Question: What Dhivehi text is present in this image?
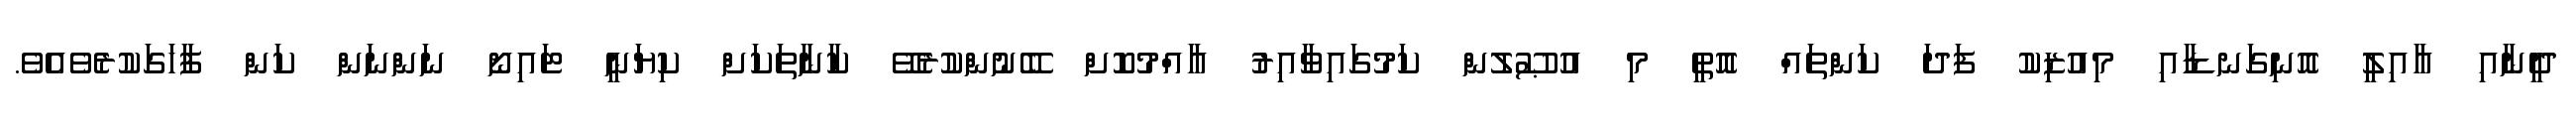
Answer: ދީނާއި ޢާއިިލީ އޮނިގަނޑާއި މިއުޒިކު ފަދަ ކަންތައް އޮތީ މި އުޞޫލުން ކަމުގައިވާއިރު ޢާއްމުކޮށް ބޭނުންކުރެވޭ ކާނާތަކަށް ކިޔަނީ ޓައިނޯ ނަންނަން ކަން ފާހަގަކުރެވެއެވެ.